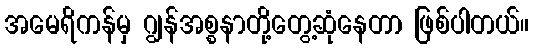
အမေရိကန်မှ ဂျွန်အစ္စနာတို့တွေ့ဆုံနေတာ ဖြစ်ပါတယ်။